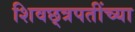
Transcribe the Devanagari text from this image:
शिवछ्त्रपतींच्या